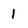
Character: 1